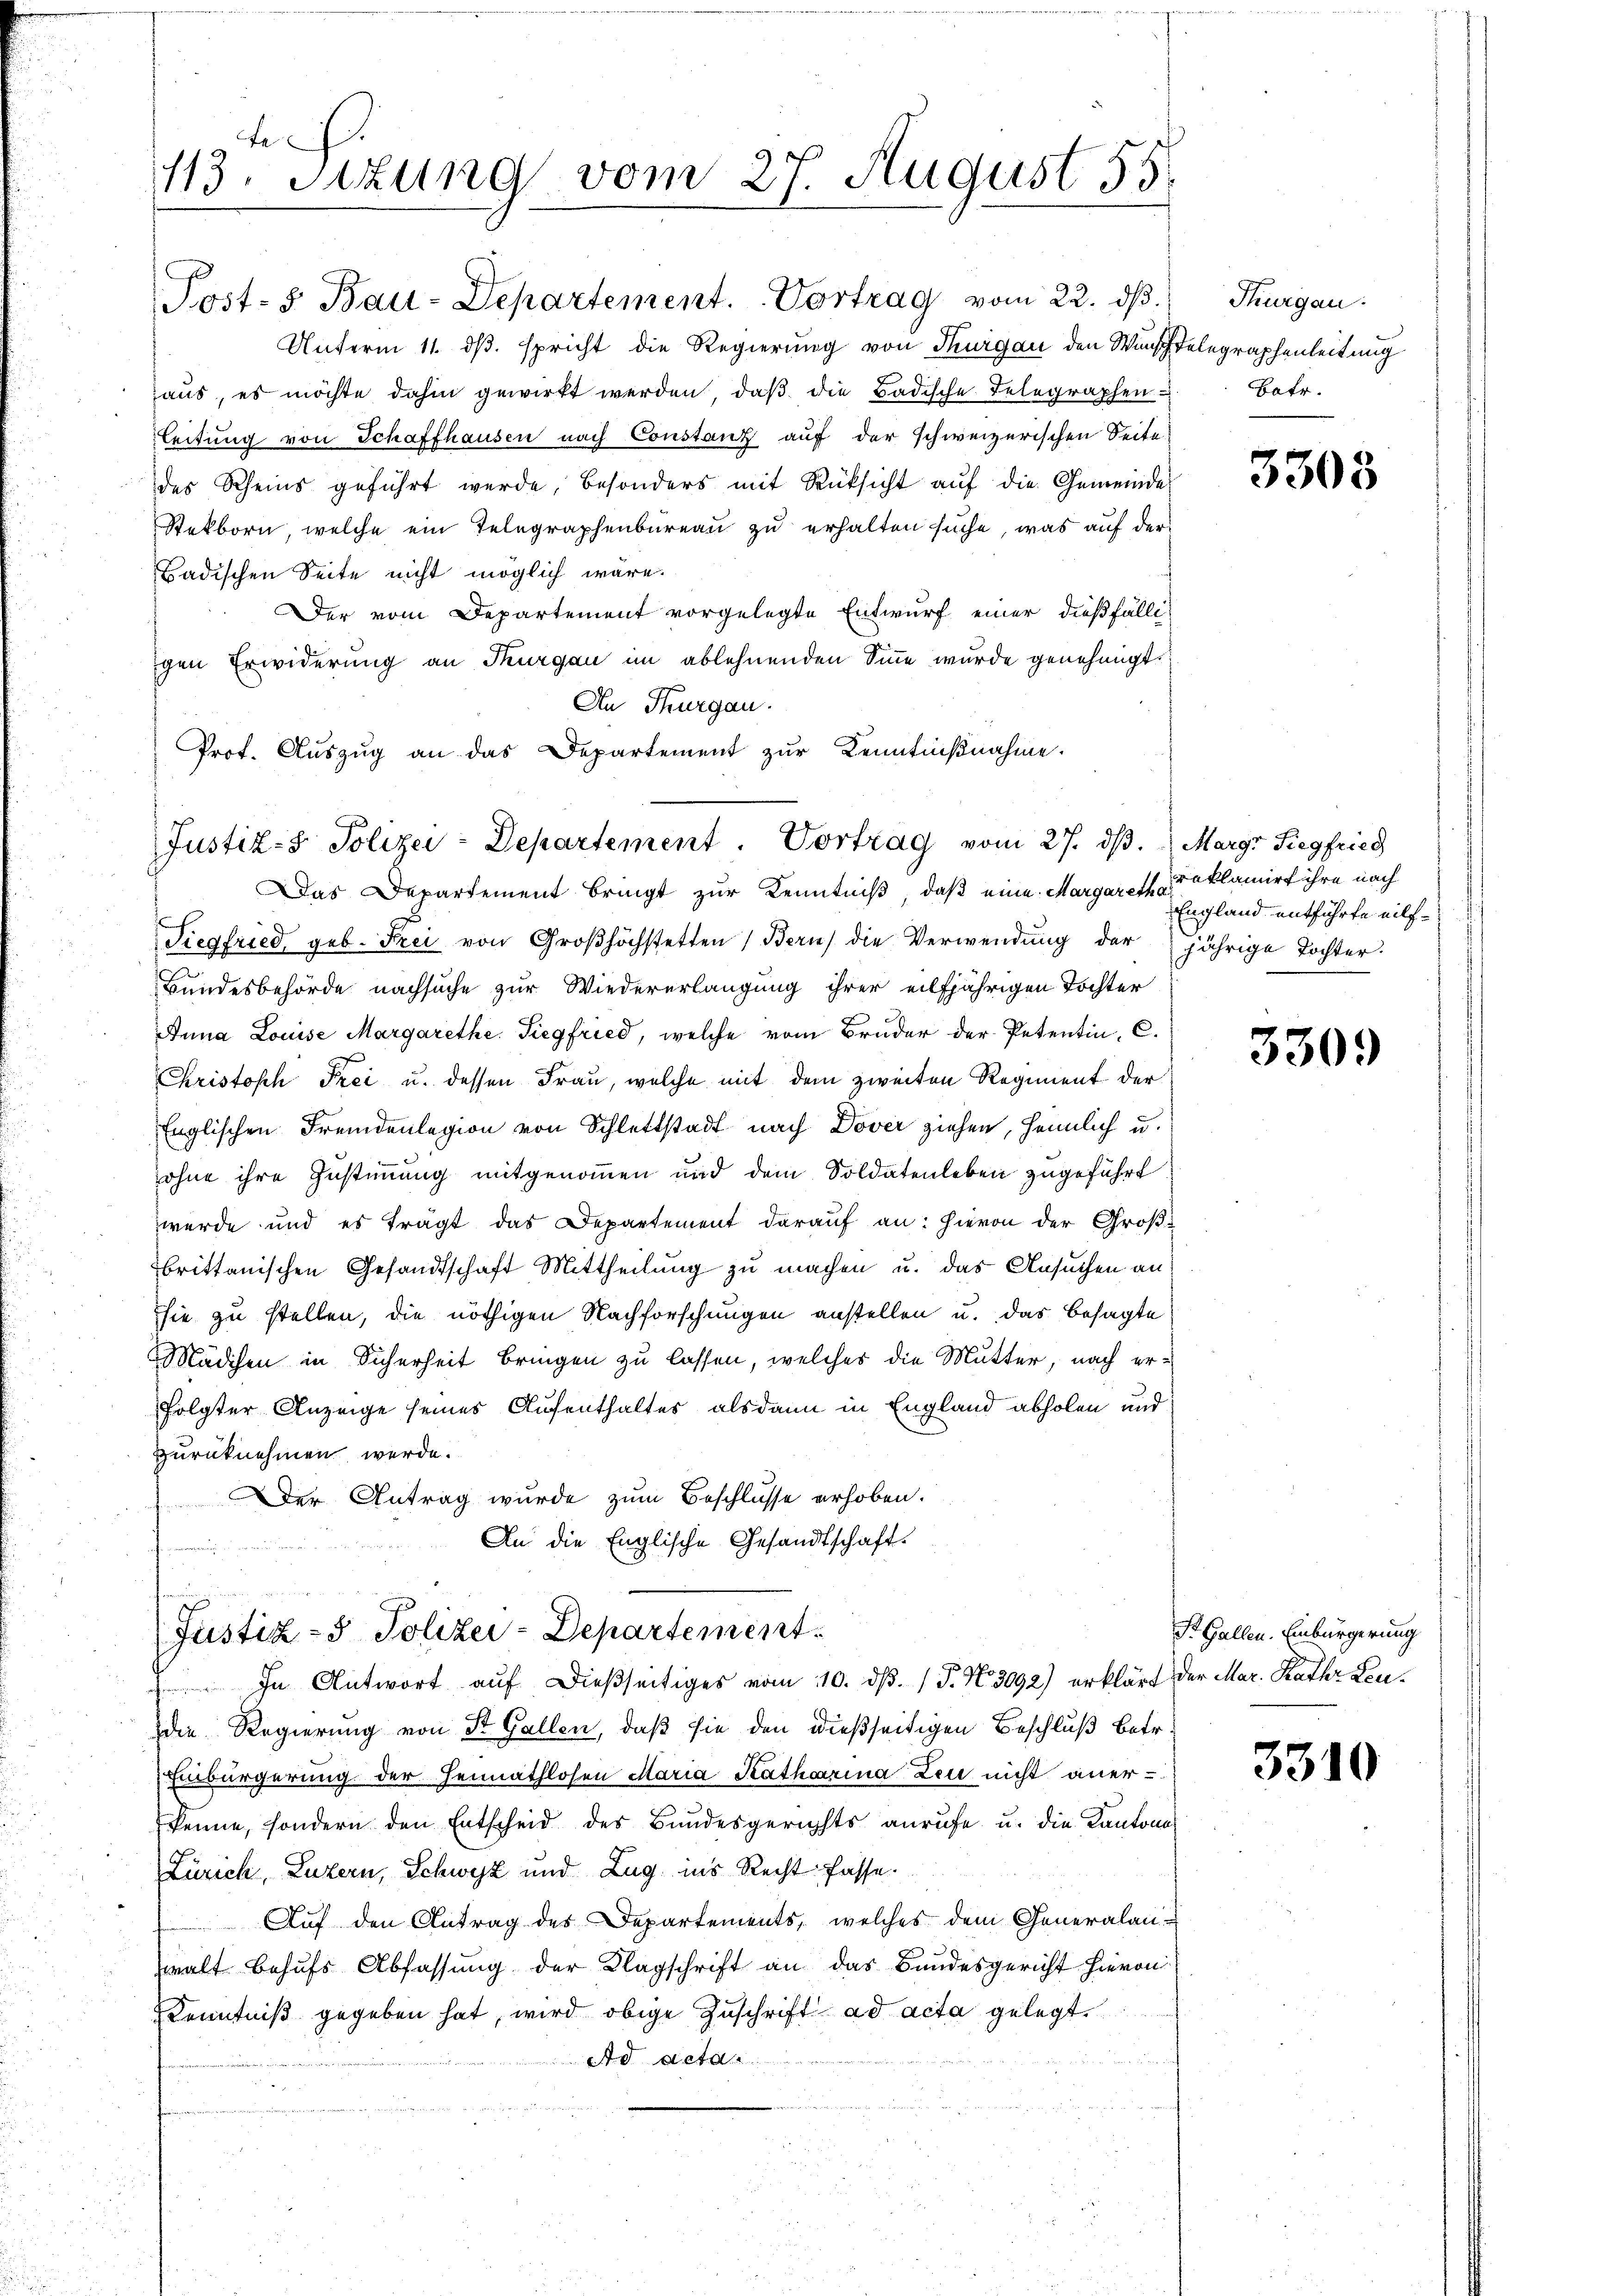
.
113. Sizung vom 27. August 55.
s

Post-s Bau-Departement. Vortrag vom 22. ds.
Unterm 11. ds. spricht die Regierung von Thurgau den Wunschtelegraphenleitung
aus, es möchte dahin gewirkt werden, daß die Badische Telegraphen-
Leitung von Schaffhausen nach Constanz auf der schweizerischen Seite
des Scheins geführt werde, besonders mit Rücksicht aŭf die Gemeinde
Stekborn, welche ein Telegraphenbureau zu erhalten suche, was auf der
Badischen Seite nicht möglich wäre.
Der vom Departement vorgelegte Entwurf einer dießfälli
gen Erwiderung an Thurgau im ablehnenden Sinne wurde genehmigt.
An Thurgau.
Prot. Auszug an das Departement zur Kenntnißnahme.

Justiz- & Polizei-Departement. Vortrag vom 27. ds.

Justiz- & Polizei-Departement
 In Antwort auf dießseitiges vom 10. ds. (T. N. 3092) erklärt der Mar. Kathr Leu¬

Das Departement bringt zur Kenntniß, daß eine Margares deklamirt ihre nach
Siegfried geb. Frei von Groβhöchstetten Bern) die Verwendŭng der jährige Tochter.
Bundesbehörde nachsuche zur Wiedererlangung ihrer eilfjährigen Tochter
Anna Louise Margarethe. Siegfried, welche vom Bruder der Petentin, C.
Christoph Frei u. dessen Frau, welche mit dem zweiten Regiment der
Englischen Fremdenlegion von Schlettstadt nach Dover ziehen, heimlich u.
ohne ihre Zustimmung mitgenommen und dem Soldatenleben zugeführt
wurde und es trägt das Departement darauf an: hievon der Groß-
brittanischen Gesandtschaft Mittheilung zu machen u. das Ansuchen an
sie zu stellen, die nöthigen Nachforschungen anstellen u. das besagte
Mädchen in Sicherheit bringen zu lassen, welches die Mutter, nach erfolgter Anzeige seines Aufenthaltes alsdann in England abholen und
zurücknehmen werde.
Der Antrag wurde zum Beschlusse erhoben.
An die Englische Gesandtschaft.

die Regierung von St. Gallen, daß sie den dießseitigen Beschluß betr.
Einbürgerung der Heimathlosen Maria Katharina Leu nicht aner-
kenne, sondern den Entscheid des Bundesgerichts anrufe u. die Kantona
Zürich, Luzern, Schwyz und Zug ins Recht fasse.
Auf den Antrag des Departements, welches dem Generalanwalt behufs Abfassung der Klagschrift an das Bundesgericht hieron:
Kenntniß gegeben hat, wird obige Zuschrift ad acta gelegt.
Ad acta

Thurgau.
Batr.

3303

Margr Siegfried
England entführte eilf¬

330.

St. Gallen. Einbürgerung

3310